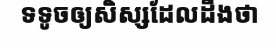
ទទូចឲ្យសិស្សដែលដឹងថា